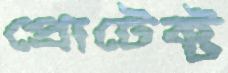
প্রোটেক্ট